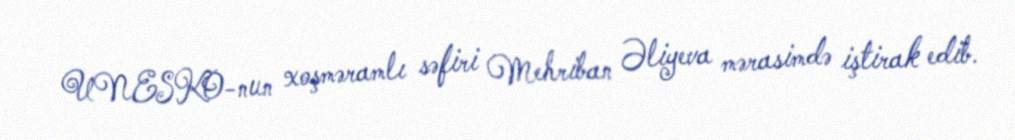
UNESKO-nun xoşməramlı səfiri Mehriban Əliyeva mərasimdə iştirak edib.